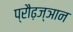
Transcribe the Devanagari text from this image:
प्रौढ़ज्ञान